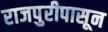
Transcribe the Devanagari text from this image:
राजपुरीपासून